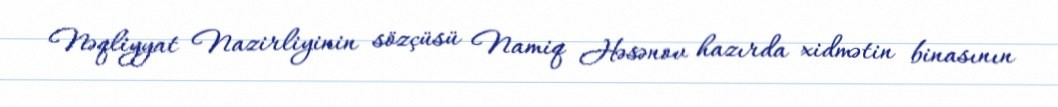
Nəqliyyat Nazirliyinin sözçüsü Namiq Həsənov hazırda xidmətin binasının